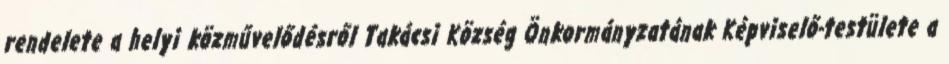
rendelete a helyi közművelődésről Takácsi Község Önkormányzatának Képviselő-testülete a